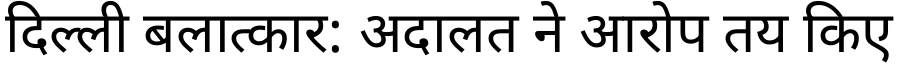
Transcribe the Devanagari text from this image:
दिल्ली बलात्कार: अदालत ने आरोप तय किए